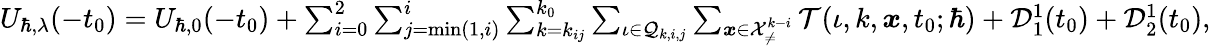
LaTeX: \begin{array}{r}{U_{\hbar,\lambda}(-t_{0})=U_{\hbar,0}(-t_{0})+\sum_{i=0}^{2}\sum_{j=\operatorname*{min}(1,i)}^{i}\sum_{k=k_{ij}}^{k_{0}}\sum_{\iota\in\mathcal{Q}_{k,i,j}}\sum_{\boldsymbol{x}\in\mathcal{X}_{\neq}^{k-i}}\mathcal{T}(\iota,k,\boldsymbol{x},t_{0};\hbar)+\mathcal{D}_{1}^{1}(t_{0})+\mathcal{D}_{2}^{1}(t_{0}),}\end{array}